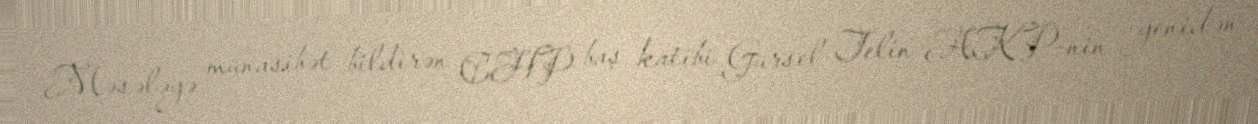
Məsələyə münasibət bildirən CHP baş katibi Gürsel Telin AKP-nin yenidən